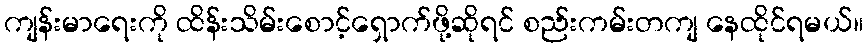
ကျန်းမာရေးကို ထိန်းသိမ်းစောင့်ရှောက်ဖို့ဆိုရင် စည်းကမ်းတကျ နေထိုင်ရမယ်။